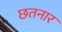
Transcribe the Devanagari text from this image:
छतनार